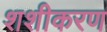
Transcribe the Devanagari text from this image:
शशीकरण